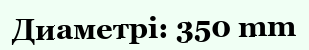
Диаметрі: 350 mm